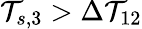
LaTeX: \mathcal{T}_{s,3}>\Delta\mathcal{T}_{12}